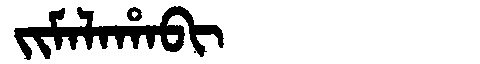
Manchu: ᠵᡳᠮᠠᠯᠠᡥᠠᠪᡳ
Romanization: JIMALAHABI